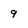
Character: 9